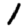
Digit: 1